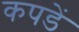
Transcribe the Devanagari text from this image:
कपडें